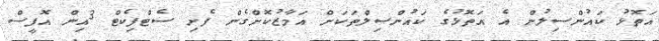
އަތޮޅު ކައުންސިލުން އެ އަތޮޅުގެ ކައުންސިލްތަކަށް އަމާޒުކޮށްގެން ފެށި ސެޓްފިކެޓް 3އިން އޮފީސް